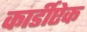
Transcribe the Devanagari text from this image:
कार्डीऐक